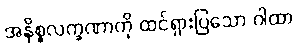
အနိစ္စလက္ခဏာကို ထင်ရှားပြသော ဂါထာ